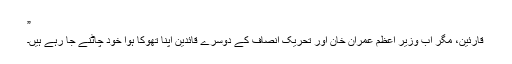
”
قارئین، مگر اب وزیر اعظم عمران خان اور تحریک انصاف کے دوسرے قائدین اپنا تھوکا ہوا خود چاٹنے جا رہے ہیں۔